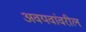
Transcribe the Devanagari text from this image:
अवयवांवरील